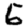
Digit: 5